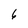
Character: 6